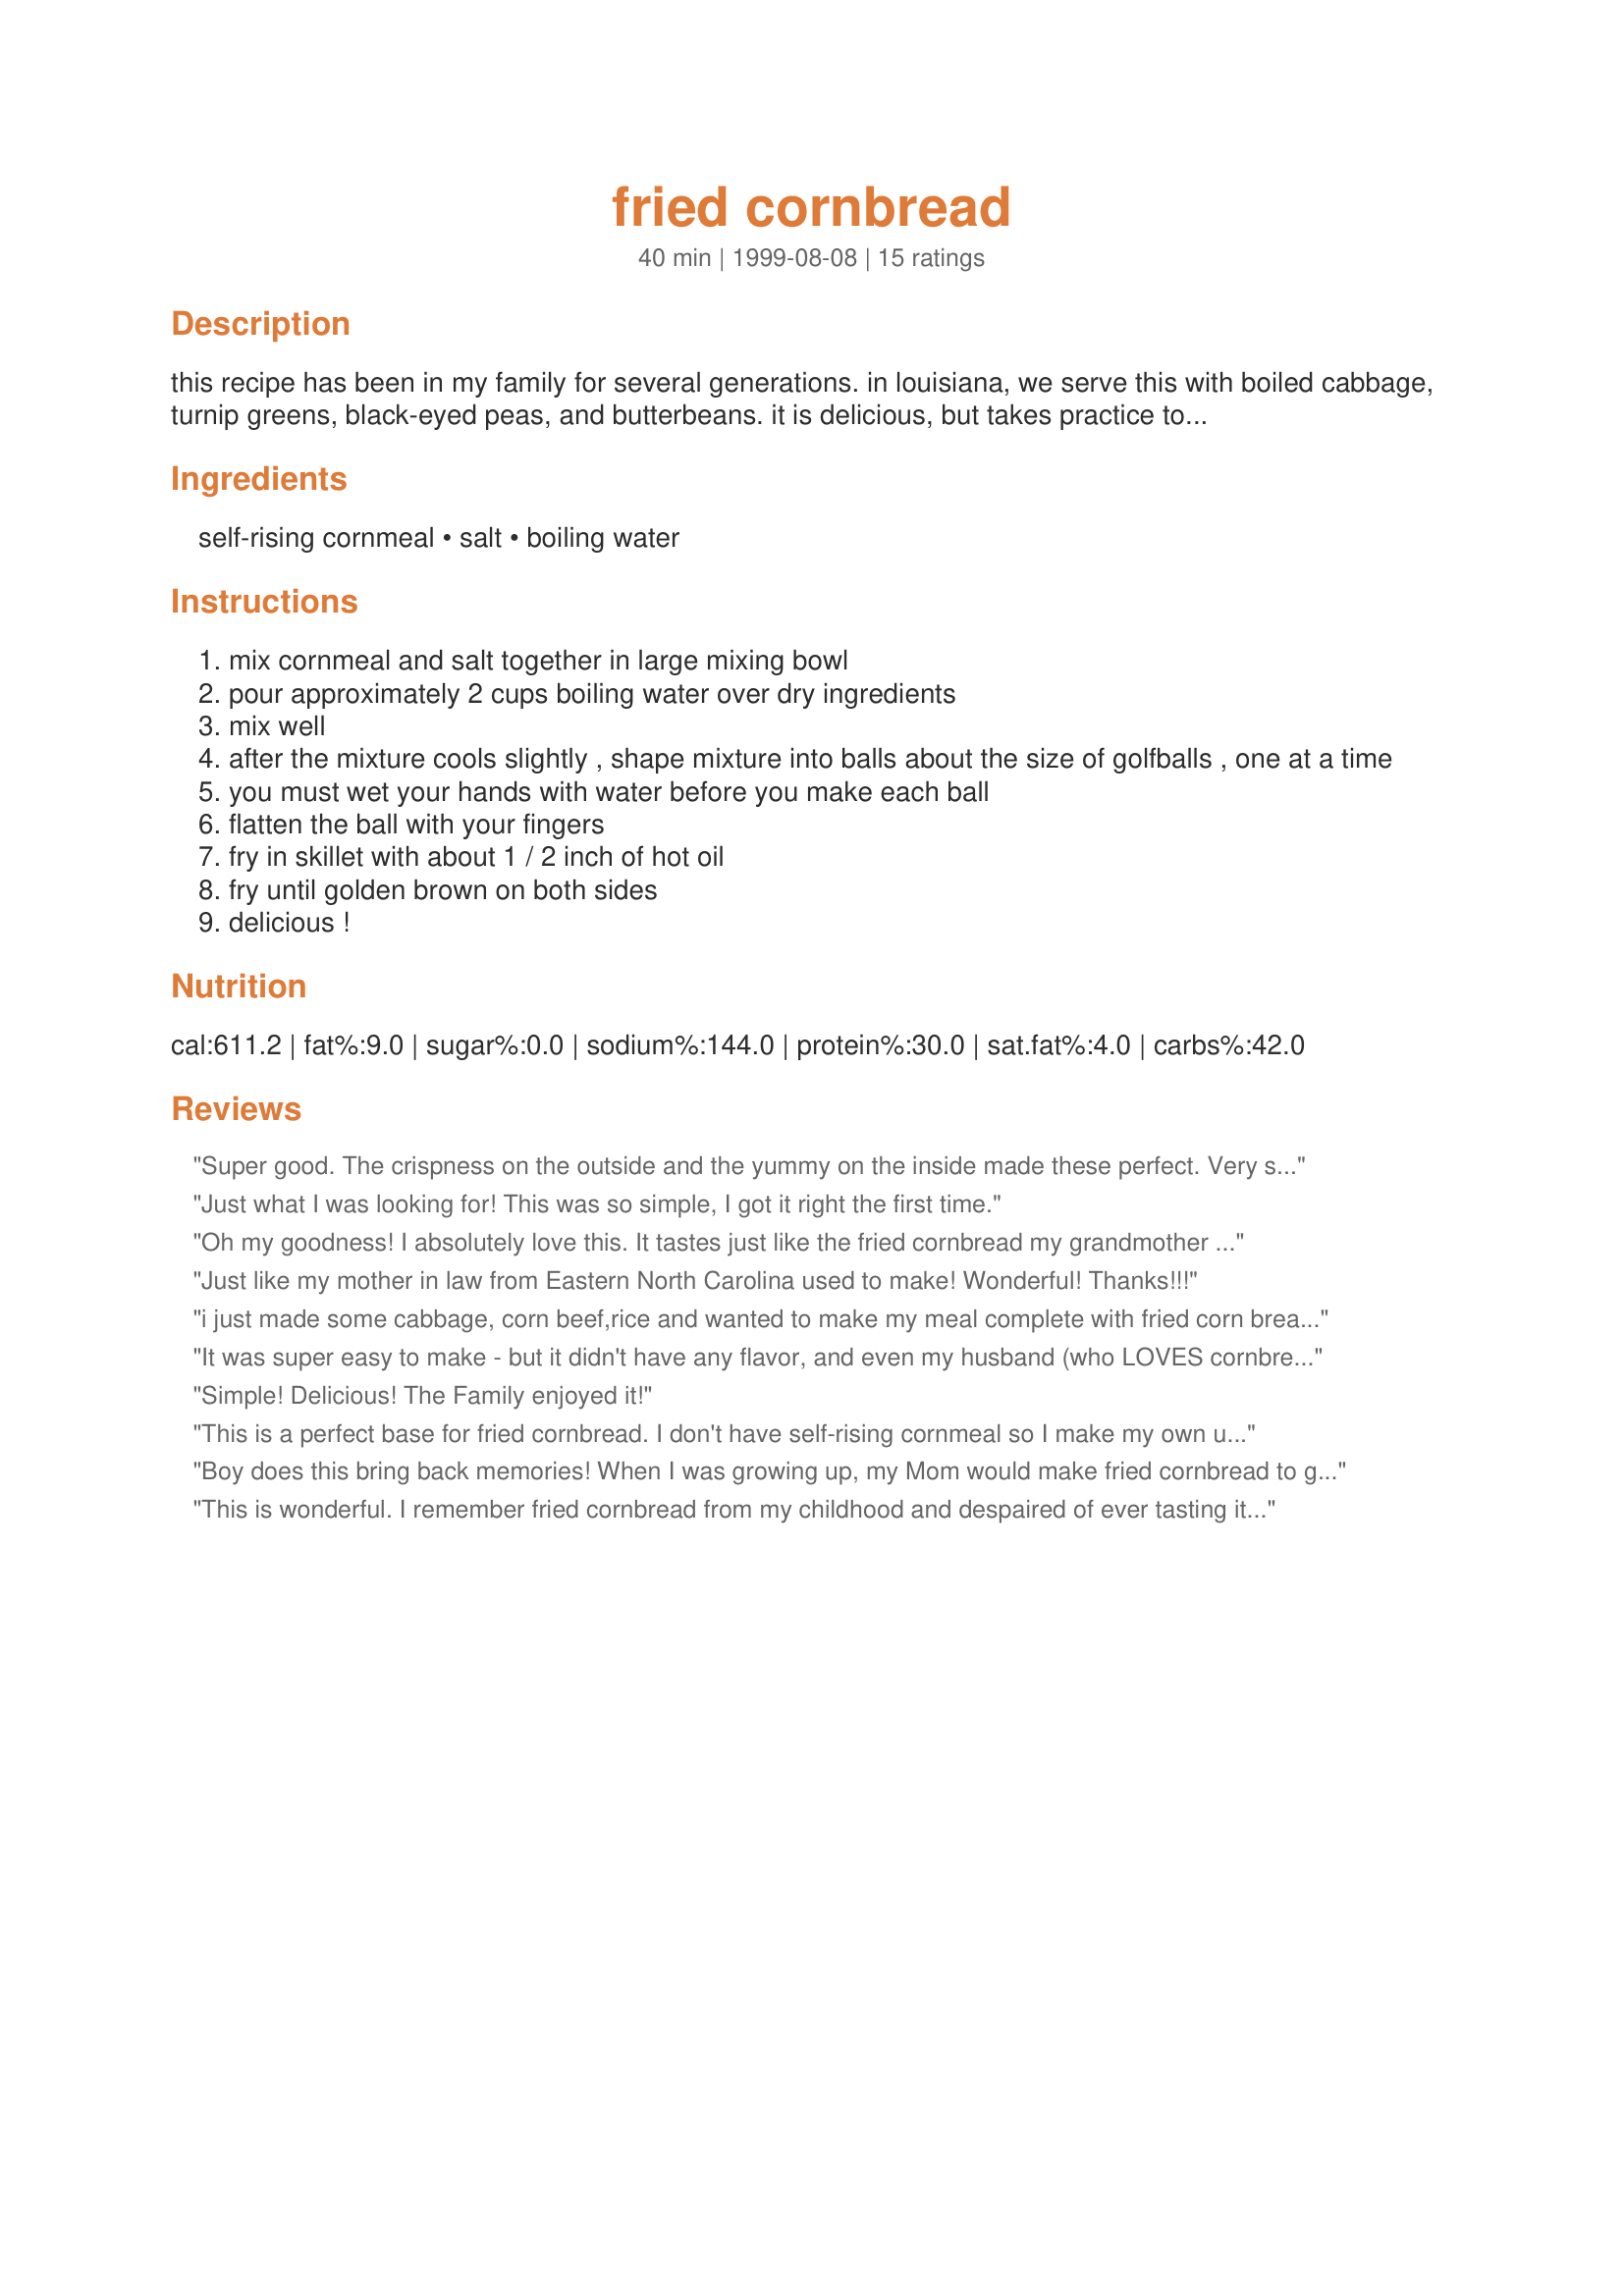
fried cornbread
Preparation time: 40 minutes

this recipe has been in my family for several generations. in louisiana, we serve this with boiled cabbage, turnip greens, black-eyed peas, and butterbeans. it is delicious, but takes practice to make it just right.

Ingredients:
self-rising cornmeal, salt, boiling water

Steps:
mix cornmeal and salt together in large mixing bowl
pour approximately 2 cups boiling water over dry ingredients
mix well
after the mixture cools slightly , shape mixture into balls about the size of golfballs , one at a time
you must wet your hands with water before you make each ball
flatten the ball with your fingers
fry in skillet with about 1 / 2 inch of hot oil
fry until golden brown on both sides
delicious !

Reviews:
Super good. The crispness on the outside and the yummy on the inside made these perfect. Very simple to make as well. Thanks for such a great recipe!
Just what I was looking for! This was so simple, I got it right the first time.
Oh my goodness! I absolutely love this. It tastes just like the fried cornbread my grandmother used to make. She never wrote the recipe down and I thought I wouldn't have it again and then I came across your recipe. Thanks so much for posting it. It's great on a hot day when you don't want to heat the kitchen up by turning the oven on.
Just like my mother in law from Eastern North Carolina used to make! Wonderful! Thanks!!!
i just made some cabbage, corn beef,rice and wanted to make my meal complete with fried corn bread. It wont be right to have this without the fried corn bread. This is one of the many things that my grandmother use to make. There is nothing like some good old soul food.
It was super easy to make - but it didn't have any flavor, and even my husband (who LOVES cornbread) disliked it. Perhaps the brand of cornmeal makes a difference - and I used a regular skillet.
Simple! Delicious! The Family enjoyed it!
This is a perfect base for fried cornbread. I don't have self-rising cornmeal so I make my own using the simple recipe posted on this site. Tonight I'm going to try it with thawed frozen corn mixed into it. I serve this with vegan chili and greens and everyone loves it.
Boy does this bring back memories! When I was growing up, my Mom would make fried cornbread to go with fish. I decided to try my hand at making it and it was soooo good!! I like mine to have a nice salty flavor. You need to have your oil fairly hot (at least on medium), so it sizzles when you add the batter. I didn't shape mine into balls and flatten, I just spooned mine into the oil and then flattened with the back of the spoon. That's how my Mom did it. Thanks for the recipe, it brought back good memories of home!
This is wonderful. I remember fried cornbread from my childhood and despaired of ever tasting it again. My husband who is part Swede and Northerner to boot had never tasted it before and loved it. Thanks
This is what is called bannock in New England. Delicious with butter and a little sprinkle of salt. Great with stewed beans, fried tripe or fried fish. Love it! Sally
Good stuff but alittle greasy we thought.They reminded us of hushpuppies. They still went very well with white beans and fried taters,though. I added chopped onion to the batter and also added some chopped red peppers to half the batter to kick them up alittle more. 
Thanks for sharing your recipe! 

Exactly the way I remember it. My grandmother used to make this when she didn't have time to make a batch of cracklin' bread. I got a craving for this one day and knew I'd be able to find one on 'zaar. Thanks so much for taking me back to the good ol' days!
Recipe is not difficult. (Just add water!) This is a great starting point for something creative. Succotash version was well received. I didn't see an oil temp listed, but found 375 F to be ideal.
Quick and easy recipe! I also added baking powder, milk. They came out great.
